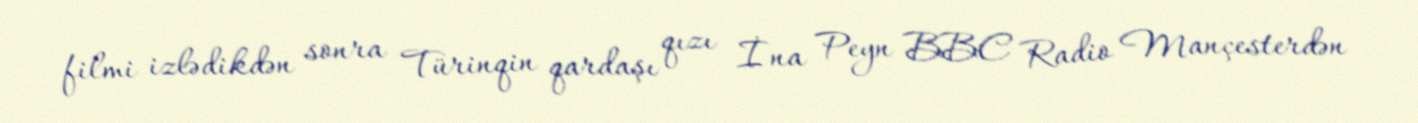
filmi izlədikdən sonra Türinqin qardaşı qızı İna Peyn BBC Radio Mançesterdən